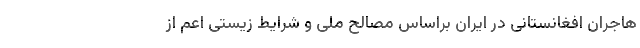
هاجران افغانستانی در ایران براساس مصالح ملی و شرایط زیستی اعم از